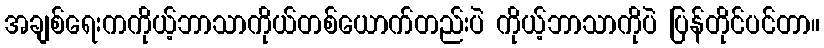
အချစ်ရေးကကိုယ့်ဘာသာကိုယ်တစ်ယောက်တည်းပဲ ကိုယ့်ဘာသာကိုပဲ ပြန်တိုင်ပင်တာ။